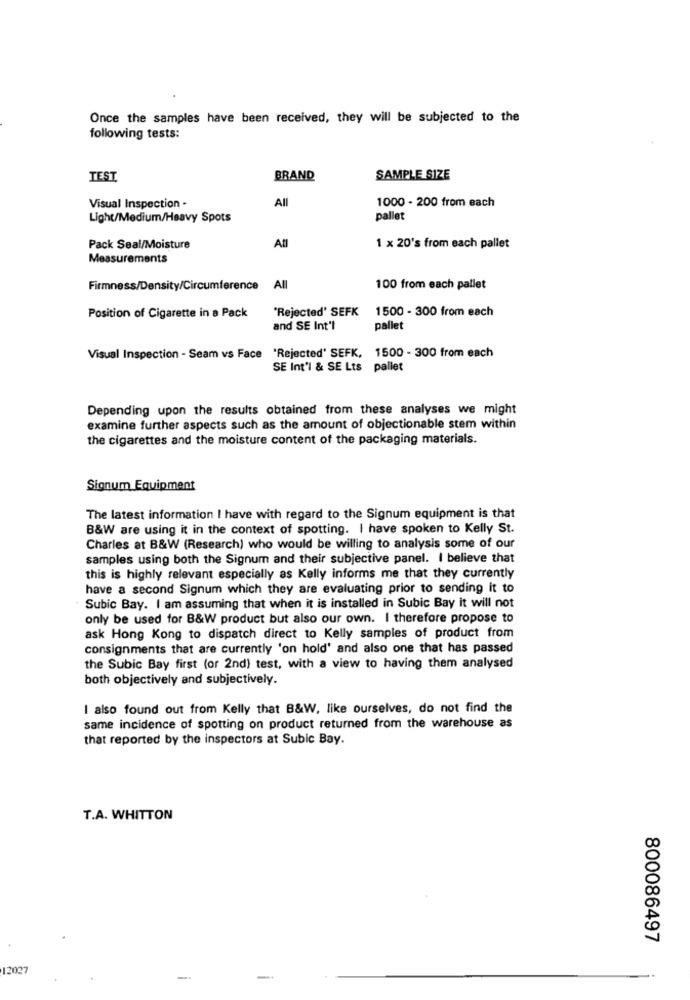
Once the samples have been received, they will be subjected to the
following tests:
TEST
BRAND
SAMPLE SIZE
Visual Inspection .
All
1000 - 200 from each
Light/Medium/Heavy Spots
pallet
Pack Seal/Moisture
Afl
1 x 20's from each pallet
Measurements
Firmness/Density/Circumference All
100 from each pallet
'Rejected' SEFK
1500 - 300 from each
Position of Cigarette in a Pack
and SE Int'l
pallet
Visual Inspection - Seam vs Face "Rejected' SEFK, 1500 - 300 from each
SE Int'l & SE Lts pallet
Depending upon the results obtained from these analyses we might
examine further aspects such as the amount of objectionable stem within
the cigarettes and the moisture content of the packaging materials.
Signum Equipment
The latest information I have with regard to the Signum equipment is that
B&W are using it in the context of spotting. I have spoken to Kelly St.
Charles at B&W (Research) who would be willing to analysis some of our
samples using both the Signum and their subjective panel. I believe that
this is highly relevant especially as Kelly informs me that they currently
have a second Signum which they are evaluating prior to sending it to
Subic Bay. I am assuming that when it is installed in Subic Bay it will not
only be used for B&W product but also our own. I therefore propose to
ask Hong Kong to dispatch direct to Kelly samples of product from
consignments that are currently 'on hold' and also one that has passed
the Subic Bay first (or 2nd) test, with a view to having them analysed
both objectively and subjectively.
I also found out from Kelly that B&W, like ourselves, do not find the
same incidence of spotting on product returned from the warehouse as
that reported by the inspectors at Subic Bay.
T.A. WHITTON
800086497
12027